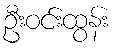
ဦးဝင်းထွန်း